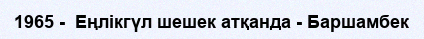
1965 -  Еңлікгүл шешек атқанда - Баршамбек